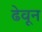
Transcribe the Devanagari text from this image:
ढेवून